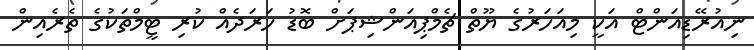
ނިއުރޭޑިއަންޓް އަކީ މިއަހަރުގެ ޔޫތް ޗެމްޕިއަންޝިޕަށް ބޮޑު ހަރަދެއް ކުރި ޓީމްތަކުގެ ތެރެއިން